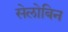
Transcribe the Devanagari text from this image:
सेलोबिन